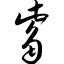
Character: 觜